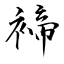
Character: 褅